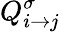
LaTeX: Q_{i\to j}^{\sigma}